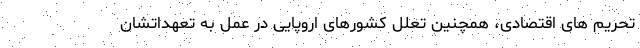
تحریم های اقتصادی، همچنین تعلل کشورهای اروپایی در عمل به تعهداتشان